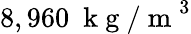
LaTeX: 8,960~\mathrm{~k~g~/~m~}^{3}